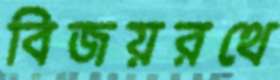
বিজয়রথে